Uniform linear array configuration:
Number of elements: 48
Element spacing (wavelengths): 0.5
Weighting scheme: binomial
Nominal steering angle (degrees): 60
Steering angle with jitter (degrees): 58.289
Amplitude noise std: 0.05
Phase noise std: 0.05

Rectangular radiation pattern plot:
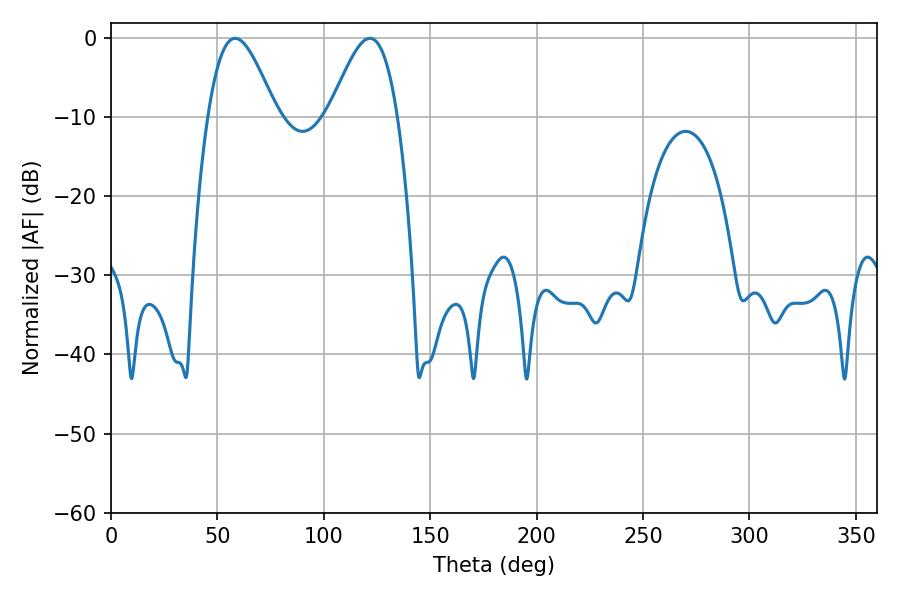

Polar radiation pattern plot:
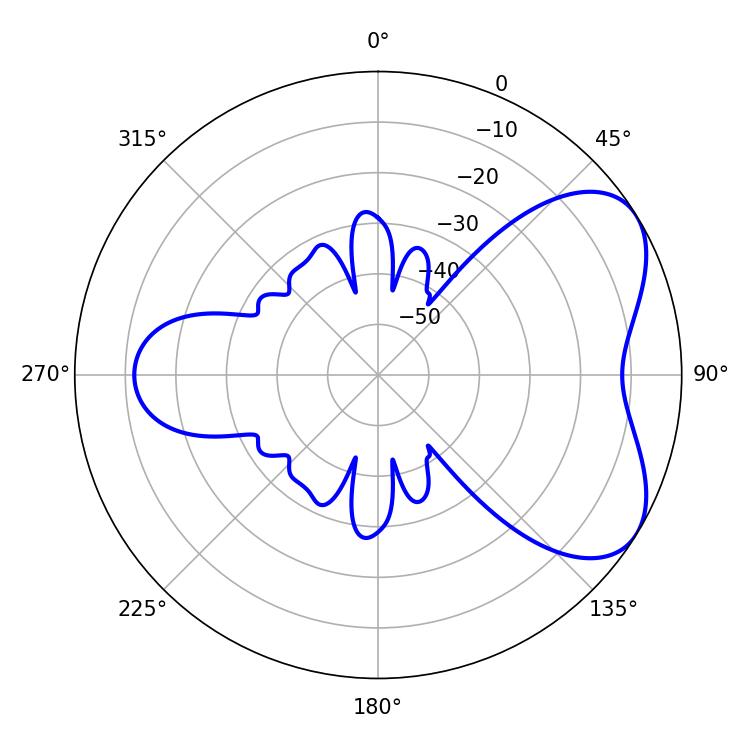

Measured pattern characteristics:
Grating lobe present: FALSE
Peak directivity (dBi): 5.499
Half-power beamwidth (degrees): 17.1
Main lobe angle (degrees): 58.32